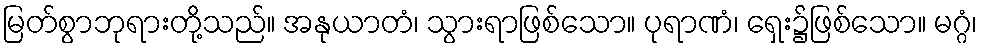
မြတ်စွာဘုရားတို့သည်။ အနုယာတံ၊ သွားရာဖြစ်သော။ ပုရာဏံ၊ ရှေး၌ဖြစ်သော။ မဂ္ဂံ၊